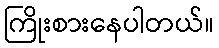
ကြိုးစားနေပါတယ်။